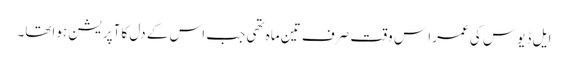
ایل ڈیوس کی عمرا س وقت صرف تین ماہ تھی جب اس کے دل کا آپریشن ہواتھا۔